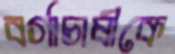
বর্গাচাষীকে